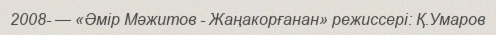
2008- — «Әмір Мәжитов - Жаңакорғанан» режиссері: Қ.Умаров